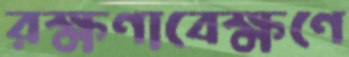
রক্ষণাবেক্ষণে